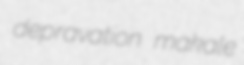
depravation makale